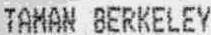
TAMAN BERKELEY